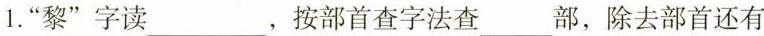
1.”黎”字读___，按部首查字法查___部，除去部首还有